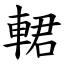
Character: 輑